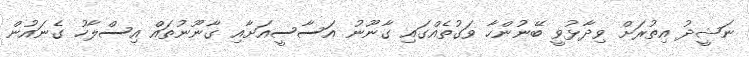
ނަޝީދު އިތުރަށް ވިދާޅުވީ ބޭނުންހާ ވަގުތެއްގައި ގާނޫނު އަސާސީއަށާއި ގާނޫނުތައް އިސްލާހު ގެނައުން